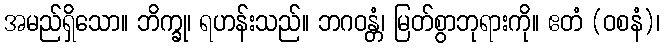
အမည်ရှိသော။ ဘိက္ခု၊ ရဟန်းသည်။ ဘဂဝန္တံ၊ မြတ်စွာဘုရားကို။ ဧတံ (ဝစနံ)၊